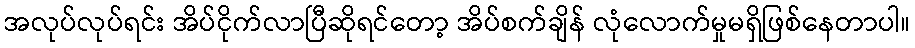
အလုပ်လုပ်ရင်း အိပ်ငိုက်လာပြီဆိုရင်တော့ အိပ်စက်ချိန် လုံလောက်မှုမရှိဖြစ်နေတာပါ။